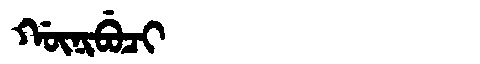
Manchu: ᡤᡡᠨᡳᠪᡠᠴᡳ
Romanization: GŪNIBUCI